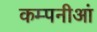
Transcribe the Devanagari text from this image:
कम्पनीआं